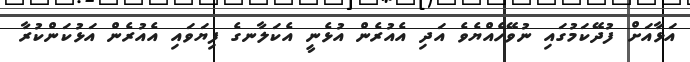
އަޅާއަށް ފުދޭކަމުގައި ނުވޭހެއްޔެވެ އަދި އެއުރެން އުޅެނީ އެކަލާނގެ ފިޔަވައި އެއުރެން އަޅުކަންކުރާ